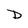
Character: D